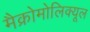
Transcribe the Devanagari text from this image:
मैक्रोमोलिक्यूल